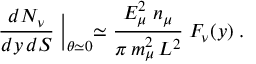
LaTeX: { \frac { d N _ { \nu } } { d y \, d S } } \Bigm | _ { \theta \simeq 0 } \simeq { \frac { E _ { \mu } ^ { 2 } \; n _ { \mu } } { \pi \, m _ { \mu } ^ { 2 } \, L ^ { 2 } } } \; F _ { \nu } ( y ) \; .